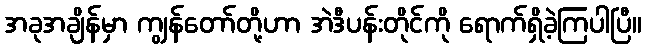
အခုအချိန်မှာ ကျွန်တော်တို့ဟာ အဲဒီပန်းတိုင်ကို ရောက်ရှိခဲ့ကြပါပြီ။